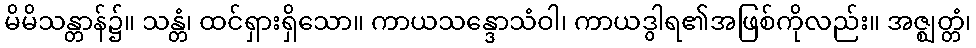
မိမိသန္တာန်၌။ သန္တံ၊ ထင်ရှားရှိသော။ ကာယသန္ဒောသံဝါ၊ ကာယဒွါရ၏အဖြစ်ကိုလည်း။ အဇ္ဈတ္တံ၊